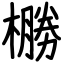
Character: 橳